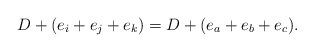
LaTeX: \begin{align*}D+(e_i+e_j+e_k)=D+(e_a+e_b+e_c).\end{align*}